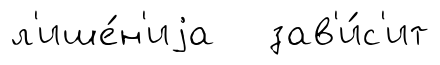
л'ише́н'иjа зав'и́с'ит